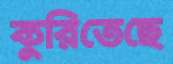
কুরিতেছে